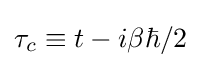
\tau _{c}\equiv t-i\beta \hbar /2